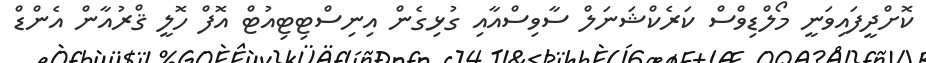
ކޮށްދީފައިވަނީ މޯލްޑިވްސް ކަރެކްޝަނަލް ސާވިސްއާއި ގުޅިގެން އިނިސްޓިޓިއުޓް އޮފް ހޮލީ ޤްރުއާން އެންޑް